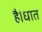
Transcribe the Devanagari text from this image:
है।धात